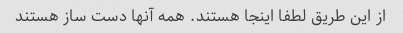
از این طریق لطفا اینجا هستند. همه آنها دست ساز هستند